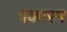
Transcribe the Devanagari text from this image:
प्रकारम